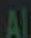
Al